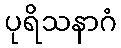
ပုရိသနာဂံ